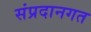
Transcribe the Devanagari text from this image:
संप्रदानगत